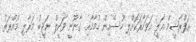
އަފްރާޝީމް އަލީ އަވަހާރަކޮށްލި ހުސެއިން ހުމާމާއި ގާނޫނީ ވަކީލް ނަޖީބު މަރާލި މުއްރަތު